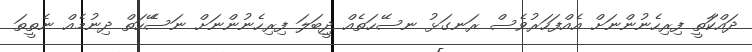
ދައްކަާތީ ފިރިހެނުންނަށް އެއްފަހަރުވެސް ރަނގަޅު ނސޭހަތެއް ދިީބަލަ ފިރިހެނުންނަށް ނަސެޭހަތް ދިނުމެއް ނެތީތަ